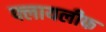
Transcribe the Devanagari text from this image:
फ्लायलीफ